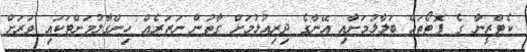
ކެޓްރީނާ ގެ ފޮޓޯތައް ބަލާލުމަށާއި އޭނާގެ ދިރިއުޅުމަށް ގާތުން ނަޒަރެއް ހިންގާލުމަށްޓަކައި ވަރަށް